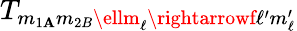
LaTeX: T_{m_{1\mathbf{A}}m_{2B}\ellm_{\ell}\rightarrowf\ell^{\prime}m_{\ell}^{\prime}}